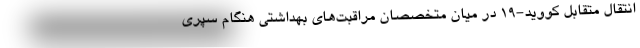
انتقال متقابل کووید-۱۹ در میان متخصصان مراقبت‌های بهداشتی هنگام سپری